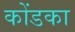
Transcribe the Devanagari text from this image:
कोंडका